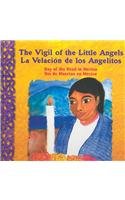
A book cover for The vigil Of The Little Angels (Day of the Dead In Mexico) La Velacion De Los Angelitos (Dia De Muertos En Mexico); Mary J. Andrade; Children's Books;